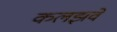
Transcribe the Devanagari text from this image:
कलझवें